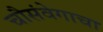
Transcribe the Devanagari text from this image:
चौसंवेगाचा